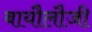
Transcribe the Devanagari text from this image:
बायौलौजी